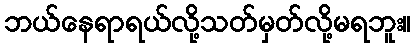
ဘယ်နေရာရယ်လို့သတ်မှတ်လို့မရဘူး။